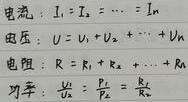
电流：$I_1 = I_2 = \cdots = I_n$
电压：$U = U_1 + U_2 + \cdots + U_n$
电阻：$R = R_1 + R_2 + \cdots + R_n$
功率：$\frac{U_1^2}{P_1} = \frac{U_2^2}{P_2} = \frac{U_n^2}{P_n}$